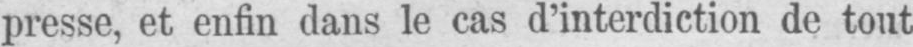
presse, et enfin dans le cas d’interdiction de tout